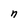
Character: n